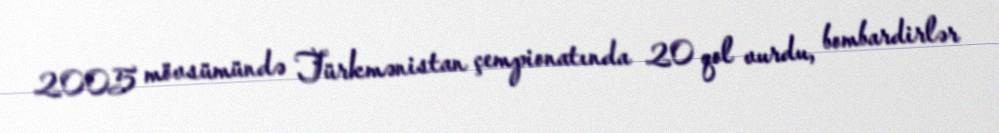
2005 mövsümündə Türkmənistan çempionatında 20 qol vurdu, bombardirlər